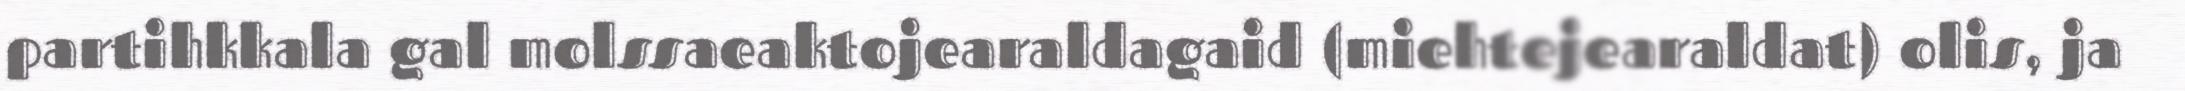
partihkkala gal molssaeaktojearaldagaid (miehtejearaldat) olis, ja